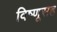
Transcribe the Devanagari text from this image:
विष्णूसह